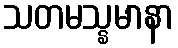
သတမသ္နမာနာ